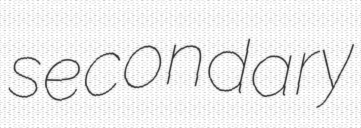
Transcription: secondary